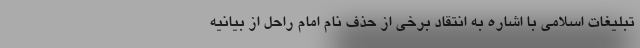
تبلیغات اسلامی با اشاره به انتقاد برخی از حذف نام امام راحل از بیانیه